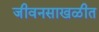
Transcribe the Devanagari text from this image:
जीवनसाखळीत